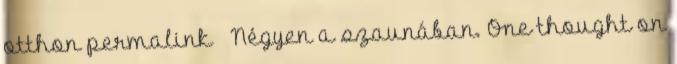
otthon permalink ← Négyen a szaunában. One thought on